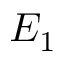
E _ { 1 }